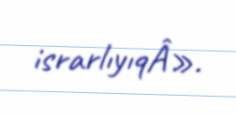
israrlıyıqÂ».